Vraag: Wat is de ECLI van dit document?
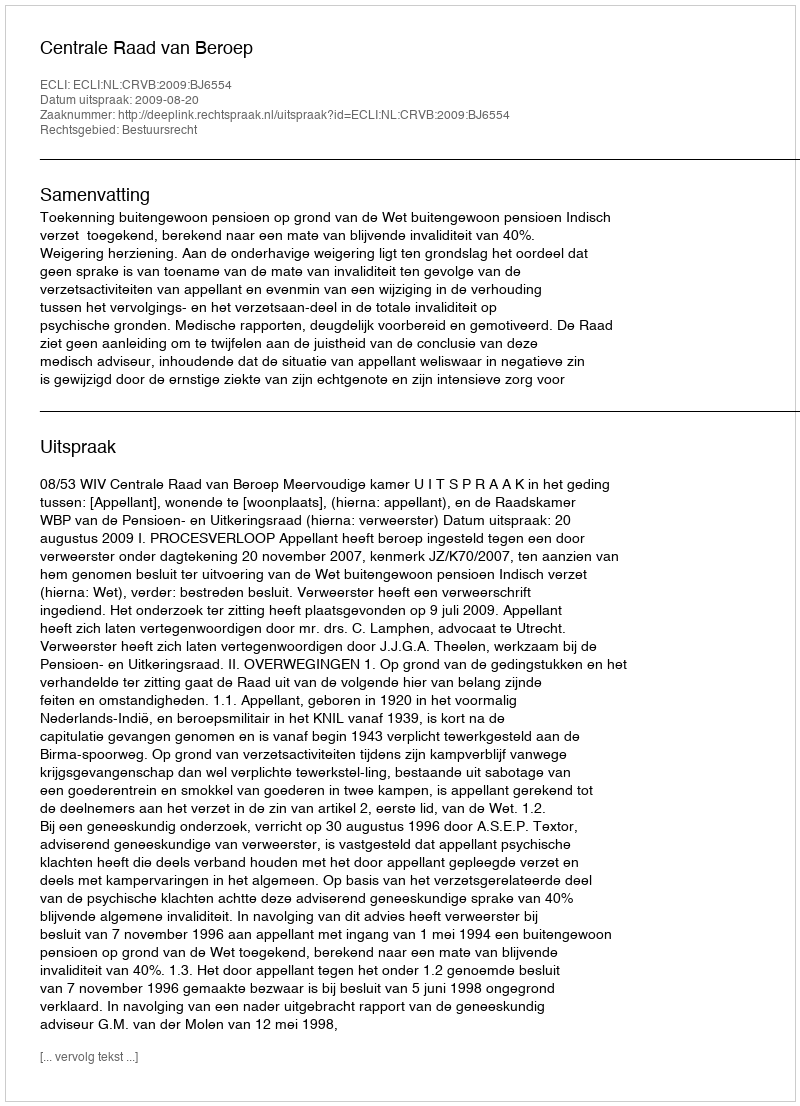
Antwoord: ECLI:NL:CRVB:2009:BJ6554